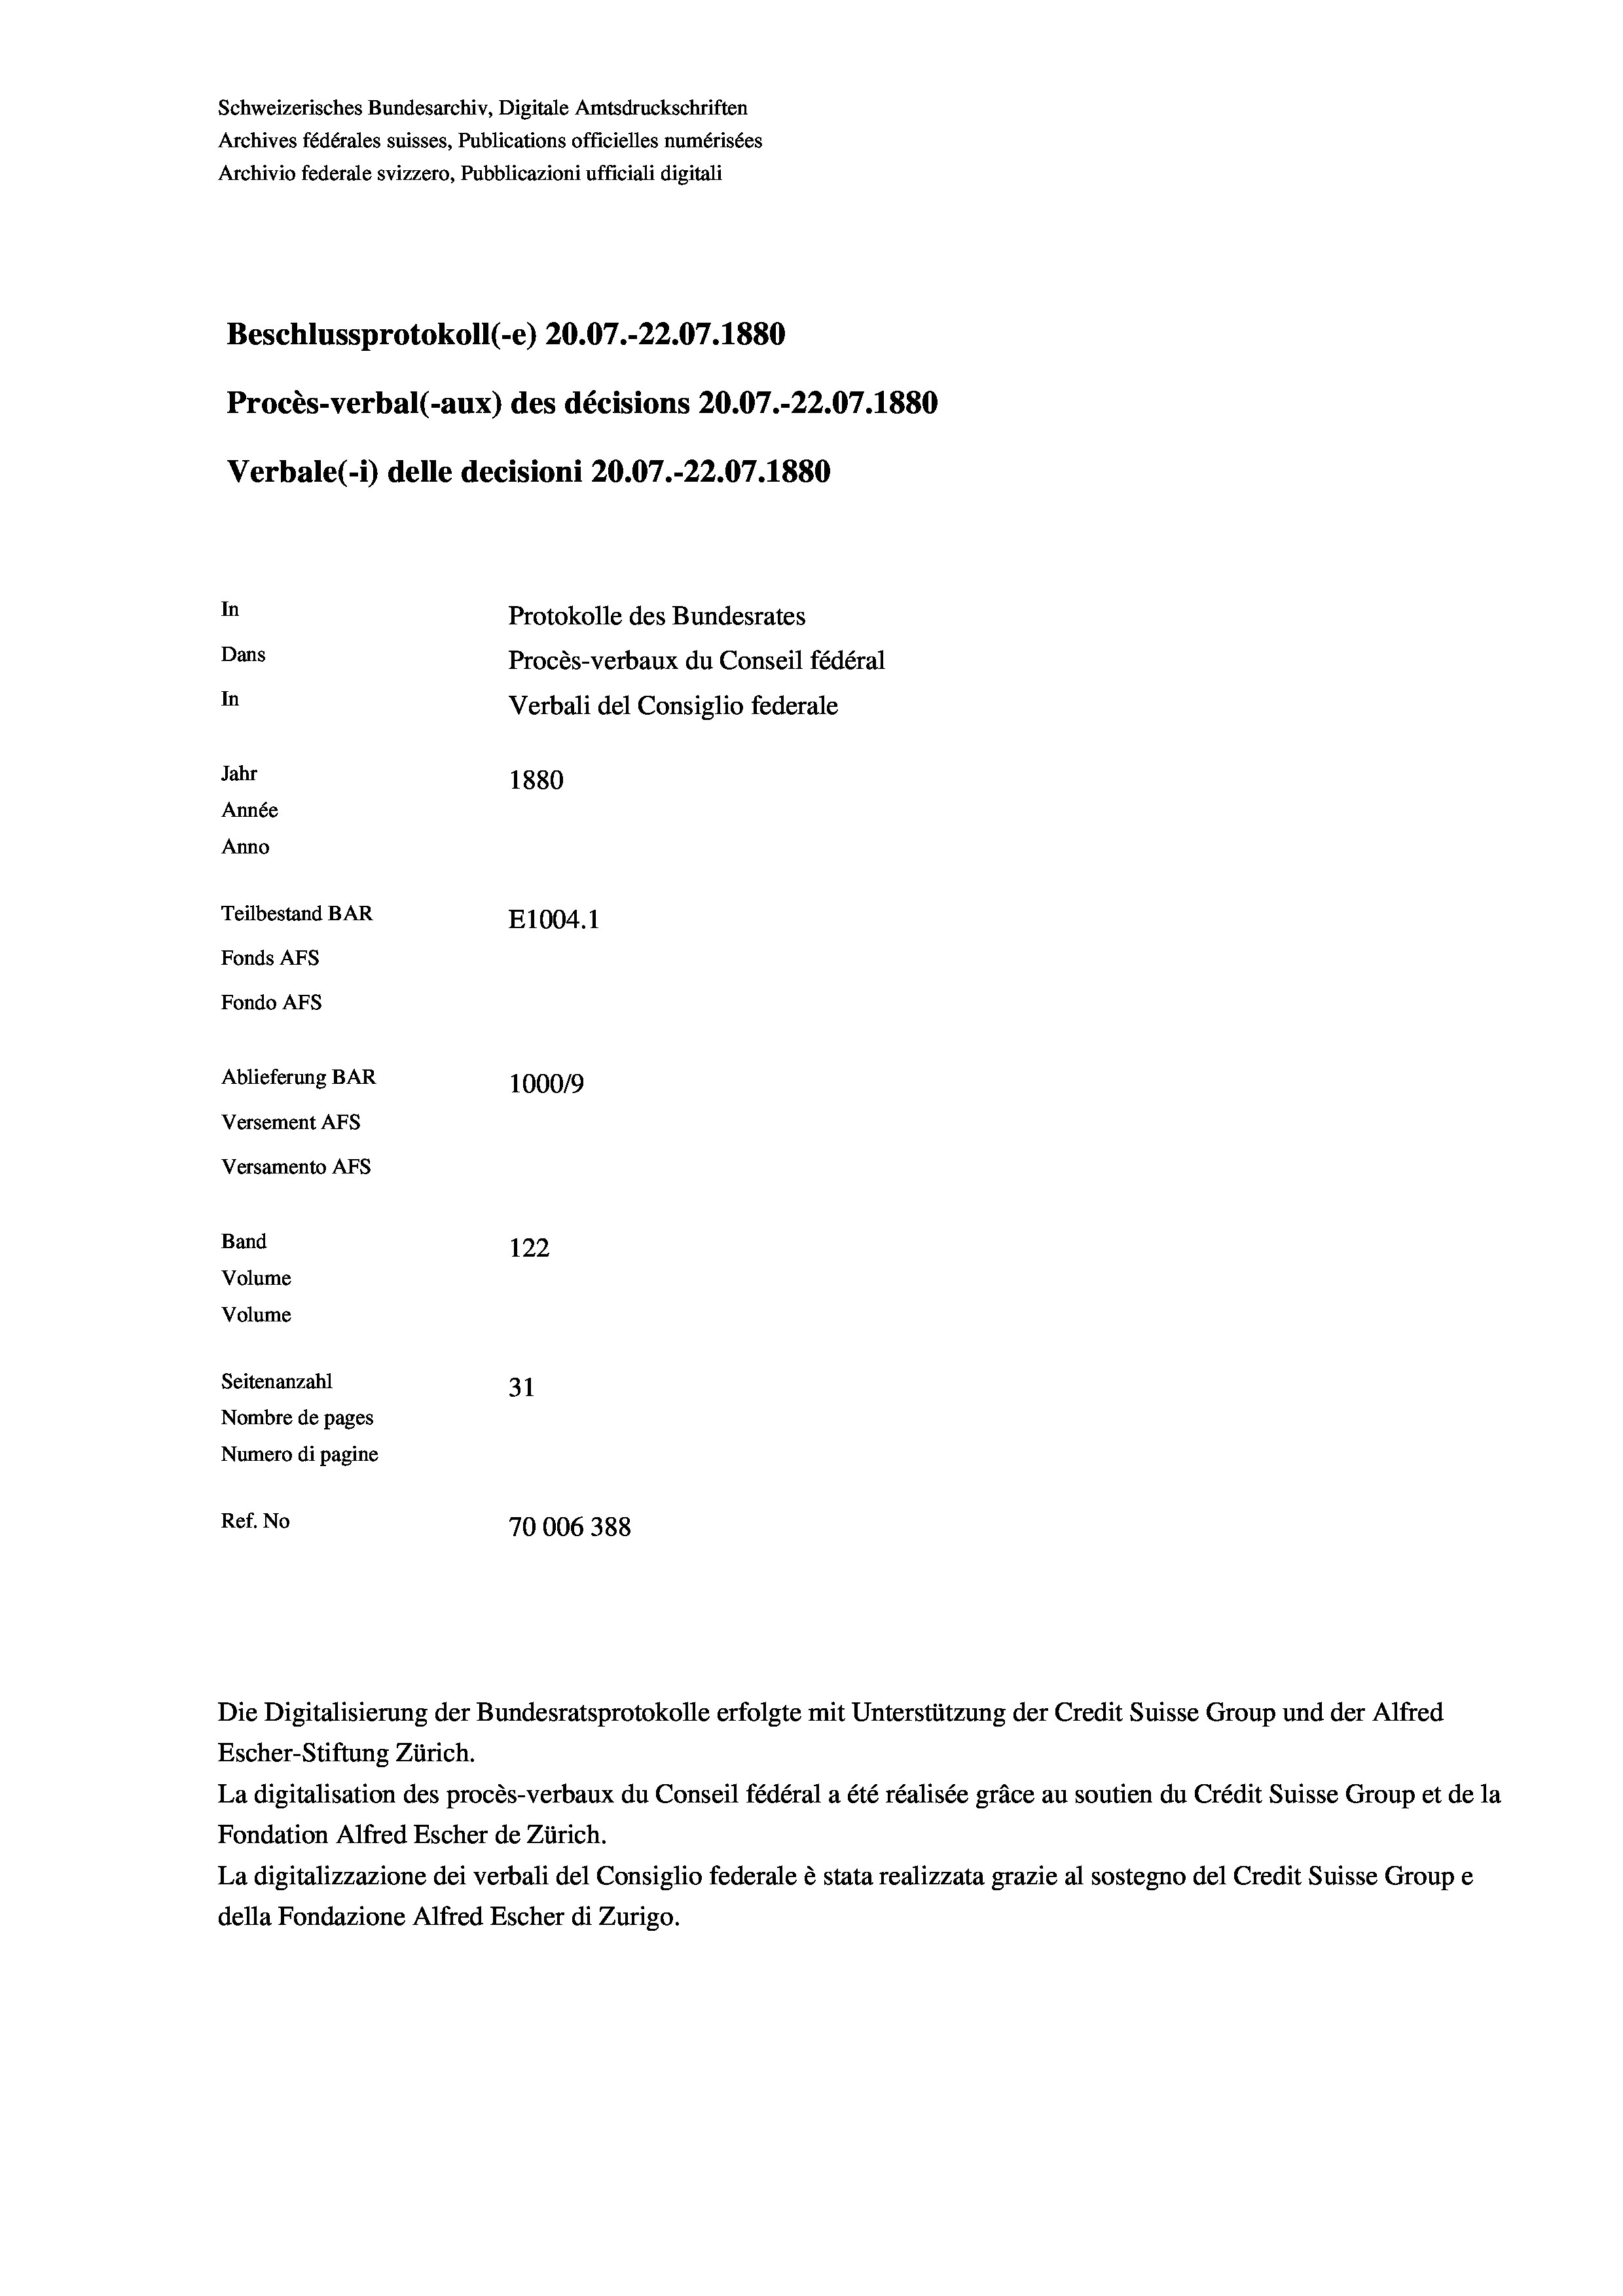
Schweizerisches Bundesarchiv, Digitale Amtsdruckschriften
Archives fédérales suisses, Publications officielles numérisées
Archivio federale svizzero, Pubblicazioni ufficiali digitali
Beschlussprotokoll (-e) 20.07.-22.07. 1880
Procès-verbal (-aux) des décisions 20.07.-22.07. 1880
Verbale (- 1) delle decisioni 20.07.-22.07. 1880
In
Protokolle des Bundesrates
Dans
Procès-verbaux du Conseil fédéral
In
Verbali del Consiglio federale
Jahr
1880
Année
Anno
Teilbestand BAR
E1004.1
Fonds AFs
Fondo AFS
Ablieferung BAR
100019
Versement AFs
Versamento Afs

122
31
Nombre de pages
Numero di pagine
Ref. No
70006388

Band
Volume
Volume

Seitenanzahl

Die Digitalisierung der Bundesratsprotokolle erfolgte mit Unterstützung der Credit Suisse Group und der Alfred
Escher-Stiftung Zürich.
La digitalisation des procès-verbaux du Conseil fédéral a été réalisée gräce au soutien du Crédit Suisse Group et de la
Fondation Alfred Escher de Zürich.
La digitalizzazione dei verbali del Consiglio federale è stata realizzata grazie al sostegno del Credit Suisse Groupe
della Fondazione Alfred Escher di Zurigo.